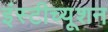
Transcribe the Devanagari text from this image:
इंस्टीच्यूशन